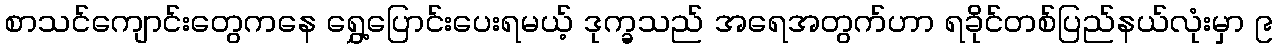
စာသင်ကျောင်းတွေကနေ ရွှေ့ပြောင်းပေးရမယ့် ဒုက္ခသည် အရေအတွက်ဟာ ရခိုင်တစ်ပြည်နယ်လုံးမှာ ၉